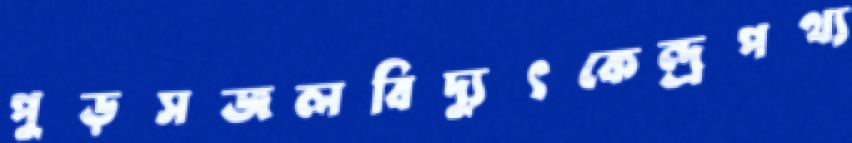
পুড়সজলবিদ্যুৎকেন্দ্রপথ্য